Annual administration report of the Civil Veterinary Department of India - 1898-1899
Year: 1898
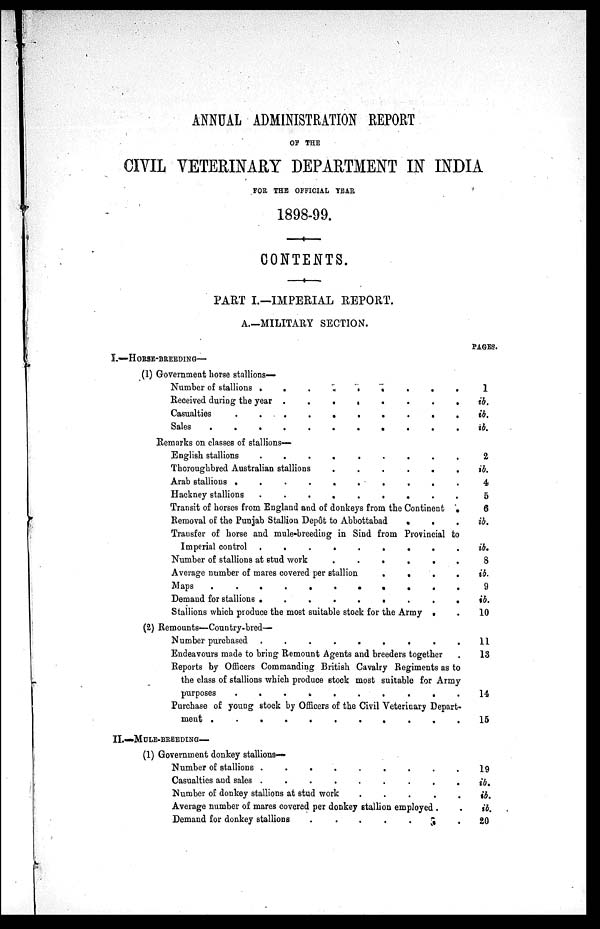
ANNUAL ADMINISTRATION REPORT
OF THE
CIVIL VETERINARY DEPARTMENT IN INDIA
FOR THE OFFICIAL YEAR
1898-99.
CONTENTS.
PART I.—IMPERIAL REPORT.
A.—MILITARY SECTION.
I.—HORSE-BREEDING—
(1) Government horse stallions—
Number of stallions
.
.
.
.
.
.
.
Received during the year
.
.
.
.
.
.
Casualties . . . . . . . . . .
Sales . . . . . . . . . . .
Remarks on classes of stallions—
English stallions
.
.
.
.
.
.
.
.
.
Thoroughbred Australian stallions
.
.
.
.
.
.
Arab stallions .
.
.
.
.
.
.
.
.
.
Hackney stallions
.
.
.
.
.
.
.
.
.
Transit of horses from England and of donkeys from the Continent .
Removal of the Punjab Stallion Depot to Abbottabad . . .
Transfer of horse and mule-breeding in Sind from Provincial to
Imperial control .
.
.
.
.
.
.
.
.
Number of stallions at stud work
.
.
.
.
.
.
Average number of mares covered per stallion
.
.
.
.
Maps . . . . . . . . . . .
Demand for stallions .
.
.
.
.
.
.
.
.
Stallions which produce the most suitable stock for the Army . .
(2) Remounts—Country-bred—
Number purchased .
.
.
.
.
.
.
.
.
Endeavours made to bring Remount Agents and breeders together
Reports by Officers Commanding British Cavalry Regiments as to
the class of stallions which produce stock most suitable for Army
purposes . . . . . . . . . .
Purchase of young stock by Officers of the Civil Veterinary Depart-
ment . . . . . . . . . .
II.—MULE-BREEDING—
(1) Government donkey stallions—
Number of stallions .
.
.
.
.
.
.
.
.
Casualties and sales .
.
.
.
.
.
.
.
.
Number of donkey stallions at stud work
.
.
.
.
.
Average number of mares covered per donkey stallion employed . .
Demand for donkey stallions
.
.
.
.
. . .
PAGES.
1
ib.
ib.
ib.
2
ib.
4
5
6
ib.
ib.
8
ib.
9
ib.
10
11
13
14
15
19
ib.
ib.
ib.
20